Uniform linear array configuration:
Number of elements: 16
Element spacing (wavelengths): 0.75
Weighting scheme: cosine
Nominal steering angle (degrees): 60
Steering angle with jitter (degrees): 61.489
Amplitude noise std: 0.05
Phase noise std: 0.05

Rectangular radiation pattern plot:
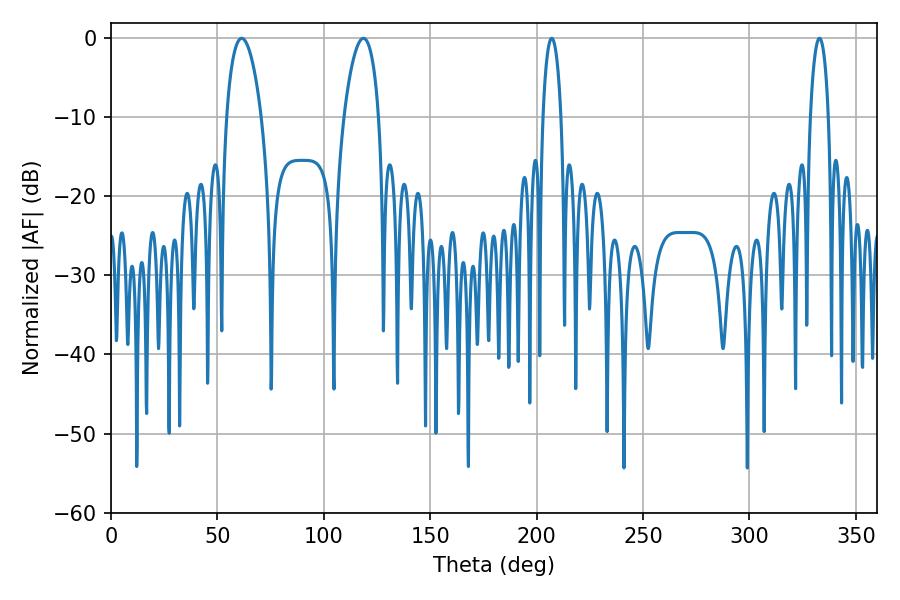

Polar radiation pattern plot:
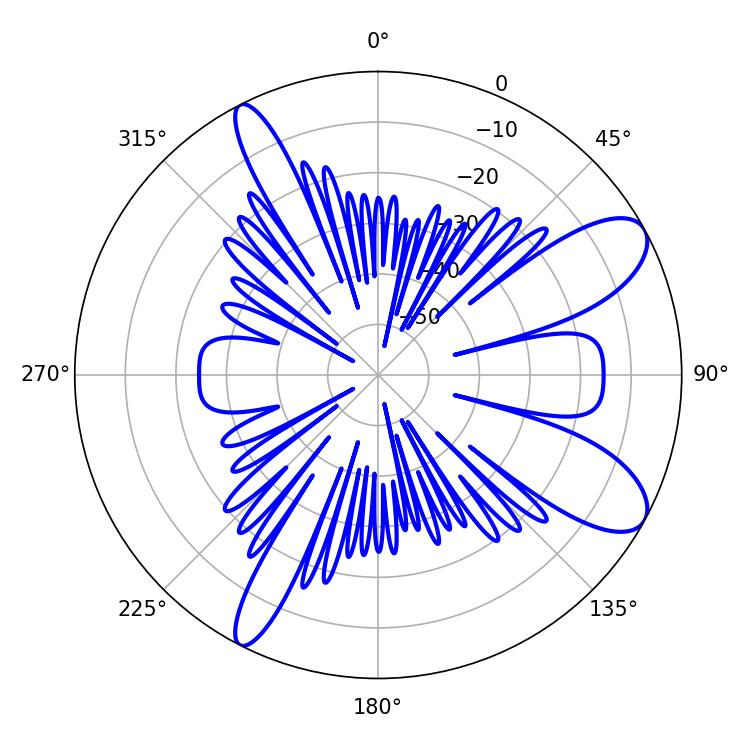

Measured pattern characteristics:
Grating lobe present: TRUE
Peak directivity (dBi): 9.482
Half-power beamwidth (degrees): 9.36
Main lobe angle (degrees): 61.38